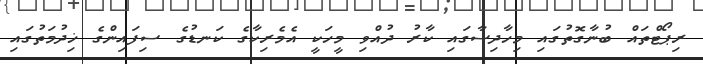
ރިޕޯޓްތައް ބުނާގޮތުގައި މިހާދިސާގައި ކާރު ދުއްވި މީހަކީ އެމެރިކާގެ ކަނޑުގެ ސިފައިންގެ ޚިދުމަތުގައި